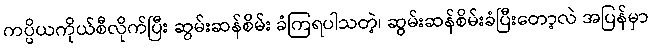
ကပ္ပိယကိုယ်စီလိုက်ပြီး ဆွမ်းဆန်စိမ်း ခံကြရပါသတဲ့၊ ဆွမ်းဆန်စိမ်းခံပြီးတော့လဲ အပြန်မှာ